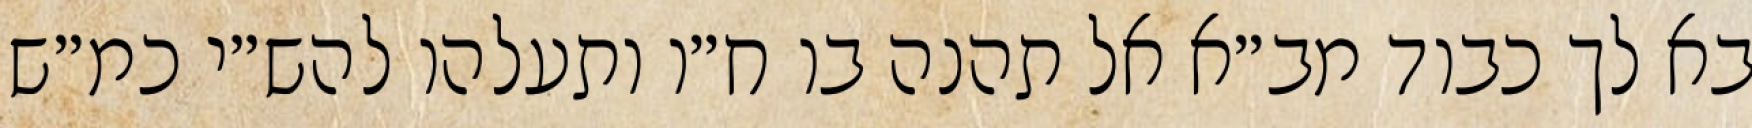
בא לך כבוד מב״א אל תהנה בו ח״ו ותעלהו להש״י כמ״ש